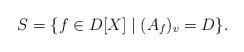
LaTeX: \begin{align*}S = \{ f \in D[X] \mid (A_f)_v = D \}.\end{align*}